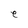
Character: e